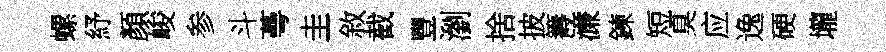
螺紓顏峻参斗蕚圭敘截豐瀏捨披籌濓鍊短臭应逸硬壠